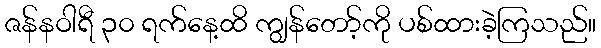
ဇန်နဝါရီ ၃၀ ရက်နေ့ထိ ကျွန်တော့်ကို ပစ်ထားခဲ့ကြသည်။